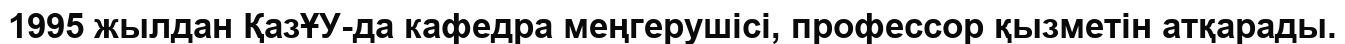
1995 жылдан ҚазҰУ-да кафедра меңгерушісі, профессор қызметін атқарады.